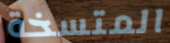
المتسخة